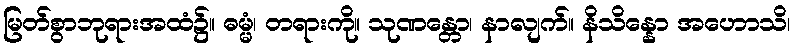
မြတ်စွာဘုရားအထံ၌။ ဓမ္မံ၊ တရားကို။ သုဏန္တော၊ နာလျက်။ နိသိန္နော အဟောသိ၊